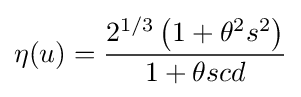
\eta (u)={\frac {2^{1/3}\left(1+\theta ^{2}s^{2}\right)}{1+\theta scd}}